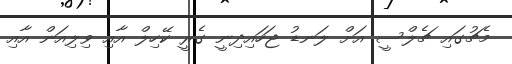
މެޗުގައި ޗެލްސީ އަށް ލަނޑު ޖަހައިދިނީ ގެރީ ކޭހިލް އާއި ވިލިއަން އާއި